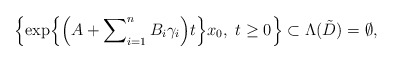
\begin{align*}\Bigl\{ \exp \Bigl\{\Bigl( A + \sum\nolimits_{i=1}^n B_i \gamma_i\Bigr)t\Bigr\}x_0, \,\, t \ge 0 \Bigr\} \subset \Lambda(\tilde{D}) = \emptyset, \end{align*}